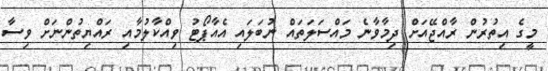
މީގެ އިތުރުން ރާއްޖޭއަށް ދިމާވާނެ މައްސަލަތައް ނުބަލައި އެއާޕޯޓު ވިއްކާލުމާއި ރައްޔިތުންނަށް ވިސާ